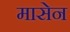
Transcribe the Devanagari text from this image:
मासेन